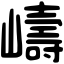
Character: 嶹